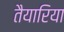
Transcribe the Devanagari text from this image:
तैयारिया